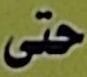
حتى